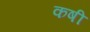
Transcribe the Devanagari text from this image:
कषी